Tezpur Lunatic Asylum reports 1877-1894 - 1877-1894
Year: 1877
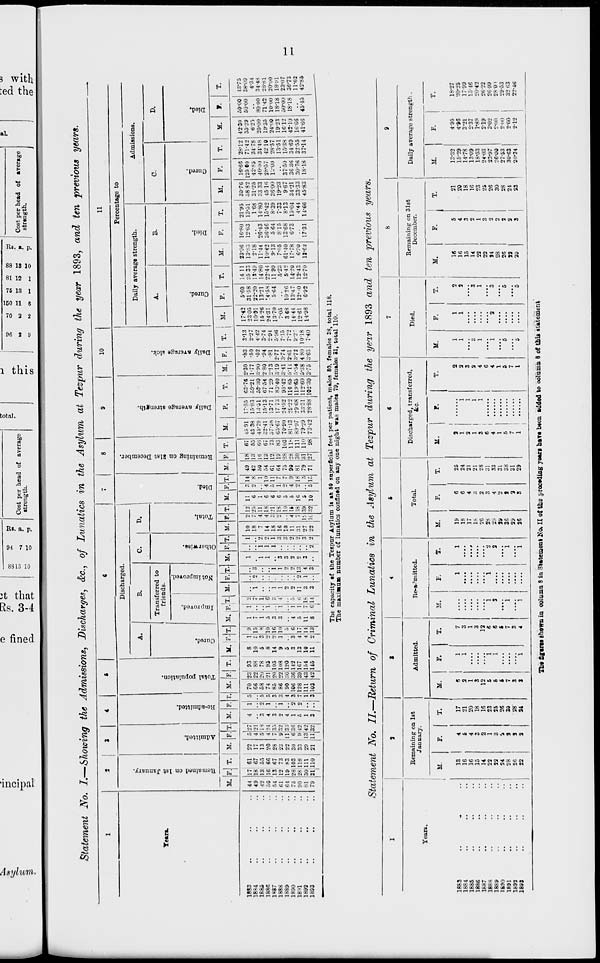
2.
re
QQ
CO ST*
i
p
2
S
•a
Cost per head of average
strength.
6
CO
—
s
©
C"
O
w
00
00
00
w
M
(i
£ M 10 u
ii
M>
c»
M
f
©
■a
Cost per head of average
sirength.
Statement No. I.—Showing the Admissions, Discharges, &c, of Lunatics in the Asylum at Tezpur during the year 1893, and ten previous years.
1
2
1
4
C
e
7
8
9
|
10
11
M
cS
(3
es
1-3
3
c
.2
Discharged.
X3
3
Q
d
5
to
d
9
ti>
So
i
to
Percentage to
A.
B.
C.
D.
Daily average strength.
Admissions.
Yean.
Transferred to
friends.
A.
B.
C.
D.
*3
o
•a
03
ci
i
o
13
O
C
•a
i
a
o
P.
•e
>
o
O
3
•
*c
>
-t
-a
■a
•a
a
►>
t*.
•a
■a
E
3
a
d
a.
o
■a
3
3
O
o
Pi
<
o
5
3
3
o
o
Q
Pi
a
R
o
«
M. r. T. M. F.T. If. F. T. M. F. T. If. |P. T. M. 1
iF.T. M. F.T. M. F. T. M. F. T. M. 1F.1T. M. F. T. M.
F.
T.
M. F.
T
M.
F.
T.
M.
F. 1 T.
1
M.
F.
T.
M.
f.
T.
1883
18*4
44
49
17 61
18 67
22
17
527
4 h'l
4
1 :, 70
66
23 93
88
8 1 1
10
£
9
15
1
7
1
1
o :;
1
1 10
18
2 12
•>5
11
6
3 u
s
49
4'»
II
13
67
55
45 91
43 38
17-85
15-83 59-21
2-30
1-77
•83
•50
3-13
2-27
17-42
2305
5-60
3158
14 11
25 33
23-96
13\S3
16-80
1263
21-95
13-51
30-76
58 82
16-66
125 eo
28-12
71-42
42-30
35-29
50-00
50-00
43-75
38-09
4-34
34-48
28-81
20-00
18-i'l
23-07
36-73
11-62
42-85
1885
188(5
1«87
1888
1889
1890
18'<1
12
60
54
61
64
75
90
13 53
16 66
13 67
12 73
19 S3
28 103
•2h 118
13
20
28
33
22
30
33 i
5
4
9
11
6
9
'is
24
:;.',
36
42
3
4
3
2
4
1
5
2
1
"i
*2
2
5
5
:;
i
3
7
58
74
85
86
90
106
128
20
21
20
3
36
39
78
95
105
108
120
142
167
5
3
8 2
14 2
9
1
5 .
3
3
13
4
H
10
16
10
6
17
1
5
3
3
4
5
"i
i
i
i
a
•i !
t;
i
l
2
2
11
0
"i
l
•_>
2
r;
1
1
3
3
2
1
1
1
■i
o
1
:;
2
2
7
14
18
16
10
11
•11
4
4
4
11
is
21
IS
10
IS
38
1
6
6
6
5
5
Ifi
4
1
4
1
10
11
7
9
18
50
54
61
64
75
90
81
16
13
12
U
28
28
30
66
67
73
83
103
11>
111
45-79
52-41
05-67
70-90
81-13
811-97
14-51
15-13
13-71
17 73
24-52
2 £"2 2
29*68
59-30
67 54
71 29
83-40
95-42
110 65
119-65
3-90
280
2'13
319
3-41
5-11
5-54
•52
•94
•81
2-77
3-74
2-61
3-72
442
3-74
2-91
5-96
7-15
7-72
9-2 -
10-91
15 26
24-31
13-70
7-05
3 68
14-44
22-20
13-21
14-5S
5-64
10 20
13-47
1S-49
14-80
22-44
11 99
5-23
542
14-20
2-18
U-44
10-42
9-13
7-05
61-40
17-78
26-43
36-46
5 64
815
1368
6-73
168
14-80
15-42
8-39
733
8-13
15-04
31-25
33 33
45 1«
36-00
19-23
9-67
34-21
42vS5
40-00
28-57
lJ-00
37-50
36 36
34 78
34-48
42 10
28-57
13-51
15-38
3469
6-25
25-00
i 19-35
24-O0
19-23
16-12
[ 42-10
8000
7142
10-00
18-18
50-00
18-18
1892
18S3
81
79
30 111
31.110
1
29 13
21 ill
1
42
32
•|
1
3
111
103
43
42
154
145
10 , 4
11 j 2
14
13
11
8
7
6
18
li 1
3
3
1 4
3
3
2
3
2
27
22
IS
IC
39
32
5
10
5 IS
79
71
31
27
110
98
79-29
73-42
33-31
28-88
11260
10230
5-38
3-75
4 80
3-65
10-18
7-40
12-61
14-98
12' 0
6-92
12-43
12-70
6-:-o
13-62 17-31
4*44
14-66
33-33
45-83
30-76
18-18
32oa moo
37-14 41-66 45-45
The capacity ef the Tespnr Asylum ii at 50 superficial feot per patient, males 80, females 38, total 118.
The maximn-n number of lunatics confined on any one night was males 79, females 21, total 110.
Statement No. II.—Return of Criminal Lunatics in the Asylum at Tezpur during the year 1893 and ten previous years.
1
3
t
4
5
6
7
8
'
Remaining on 1st
January.
Admitted.
Re-aVmitted.
Total.
Discharged, transferred,
fcc
Died.
Remaining on
December.
31st
Daily average strength.
Years.
to
F.
T.
M.
F.
T.
M.
F.
T.
M.
F.
T.
u.
r.
T.
M.
F,
T.
M.
F.
T.
M.
F.
T.
1883
13
4
17
6
1
7
1
1
19
6
25
i
2
1
1
o
16
5
21
13-32
495
18-27
1884
..
16
5
21
2
1
3
18
6
24
1
2
1
1
2
16
4
20
15-29
4-96
20-25
1885
..
16
4
20
1
1
..*
17
4
21
1
3
15
3
18
14-78
3-21
17 99
1886
.
15
3
18
3
3
18
3
21
1
2
3
3
14
2
16
13-09
237
15-46
1687
.
14
2
16
12
12
26
2
28
3
1
4
1
1
23
1
23
18-53
1-89
20-42
1888
.
22
1
23
5
1
6
1
1
3
28
3
31
r
6
22
3
25
24-03
219
2622
1889
32
3
35
6
1
6
2
2
29
4
33
A 1
4
1
2
3
34
2
26
23-97
3-02
26-99
1890
.
24
i
26
i
t
39
2
31
1
28
2
30
26-00
2-00
2801
1891
28
3
30
7
7
1
1
36
3
38
5
5
5
26
2
28
2753
2-00
29-53
1892
.
26
3
28
I
3
39
3
31
7
33
2
24
30-63
2-00
32 63
1883
22
2
34 |
3
1
4
1
....
1
36
3
29
1
1
5 1
....
5
30
3
23
20-34
212
22-46
Tn§ figures shown in column 8 in Statement No. II ot tt. receding reari have been added to oolumn 8 of this statement